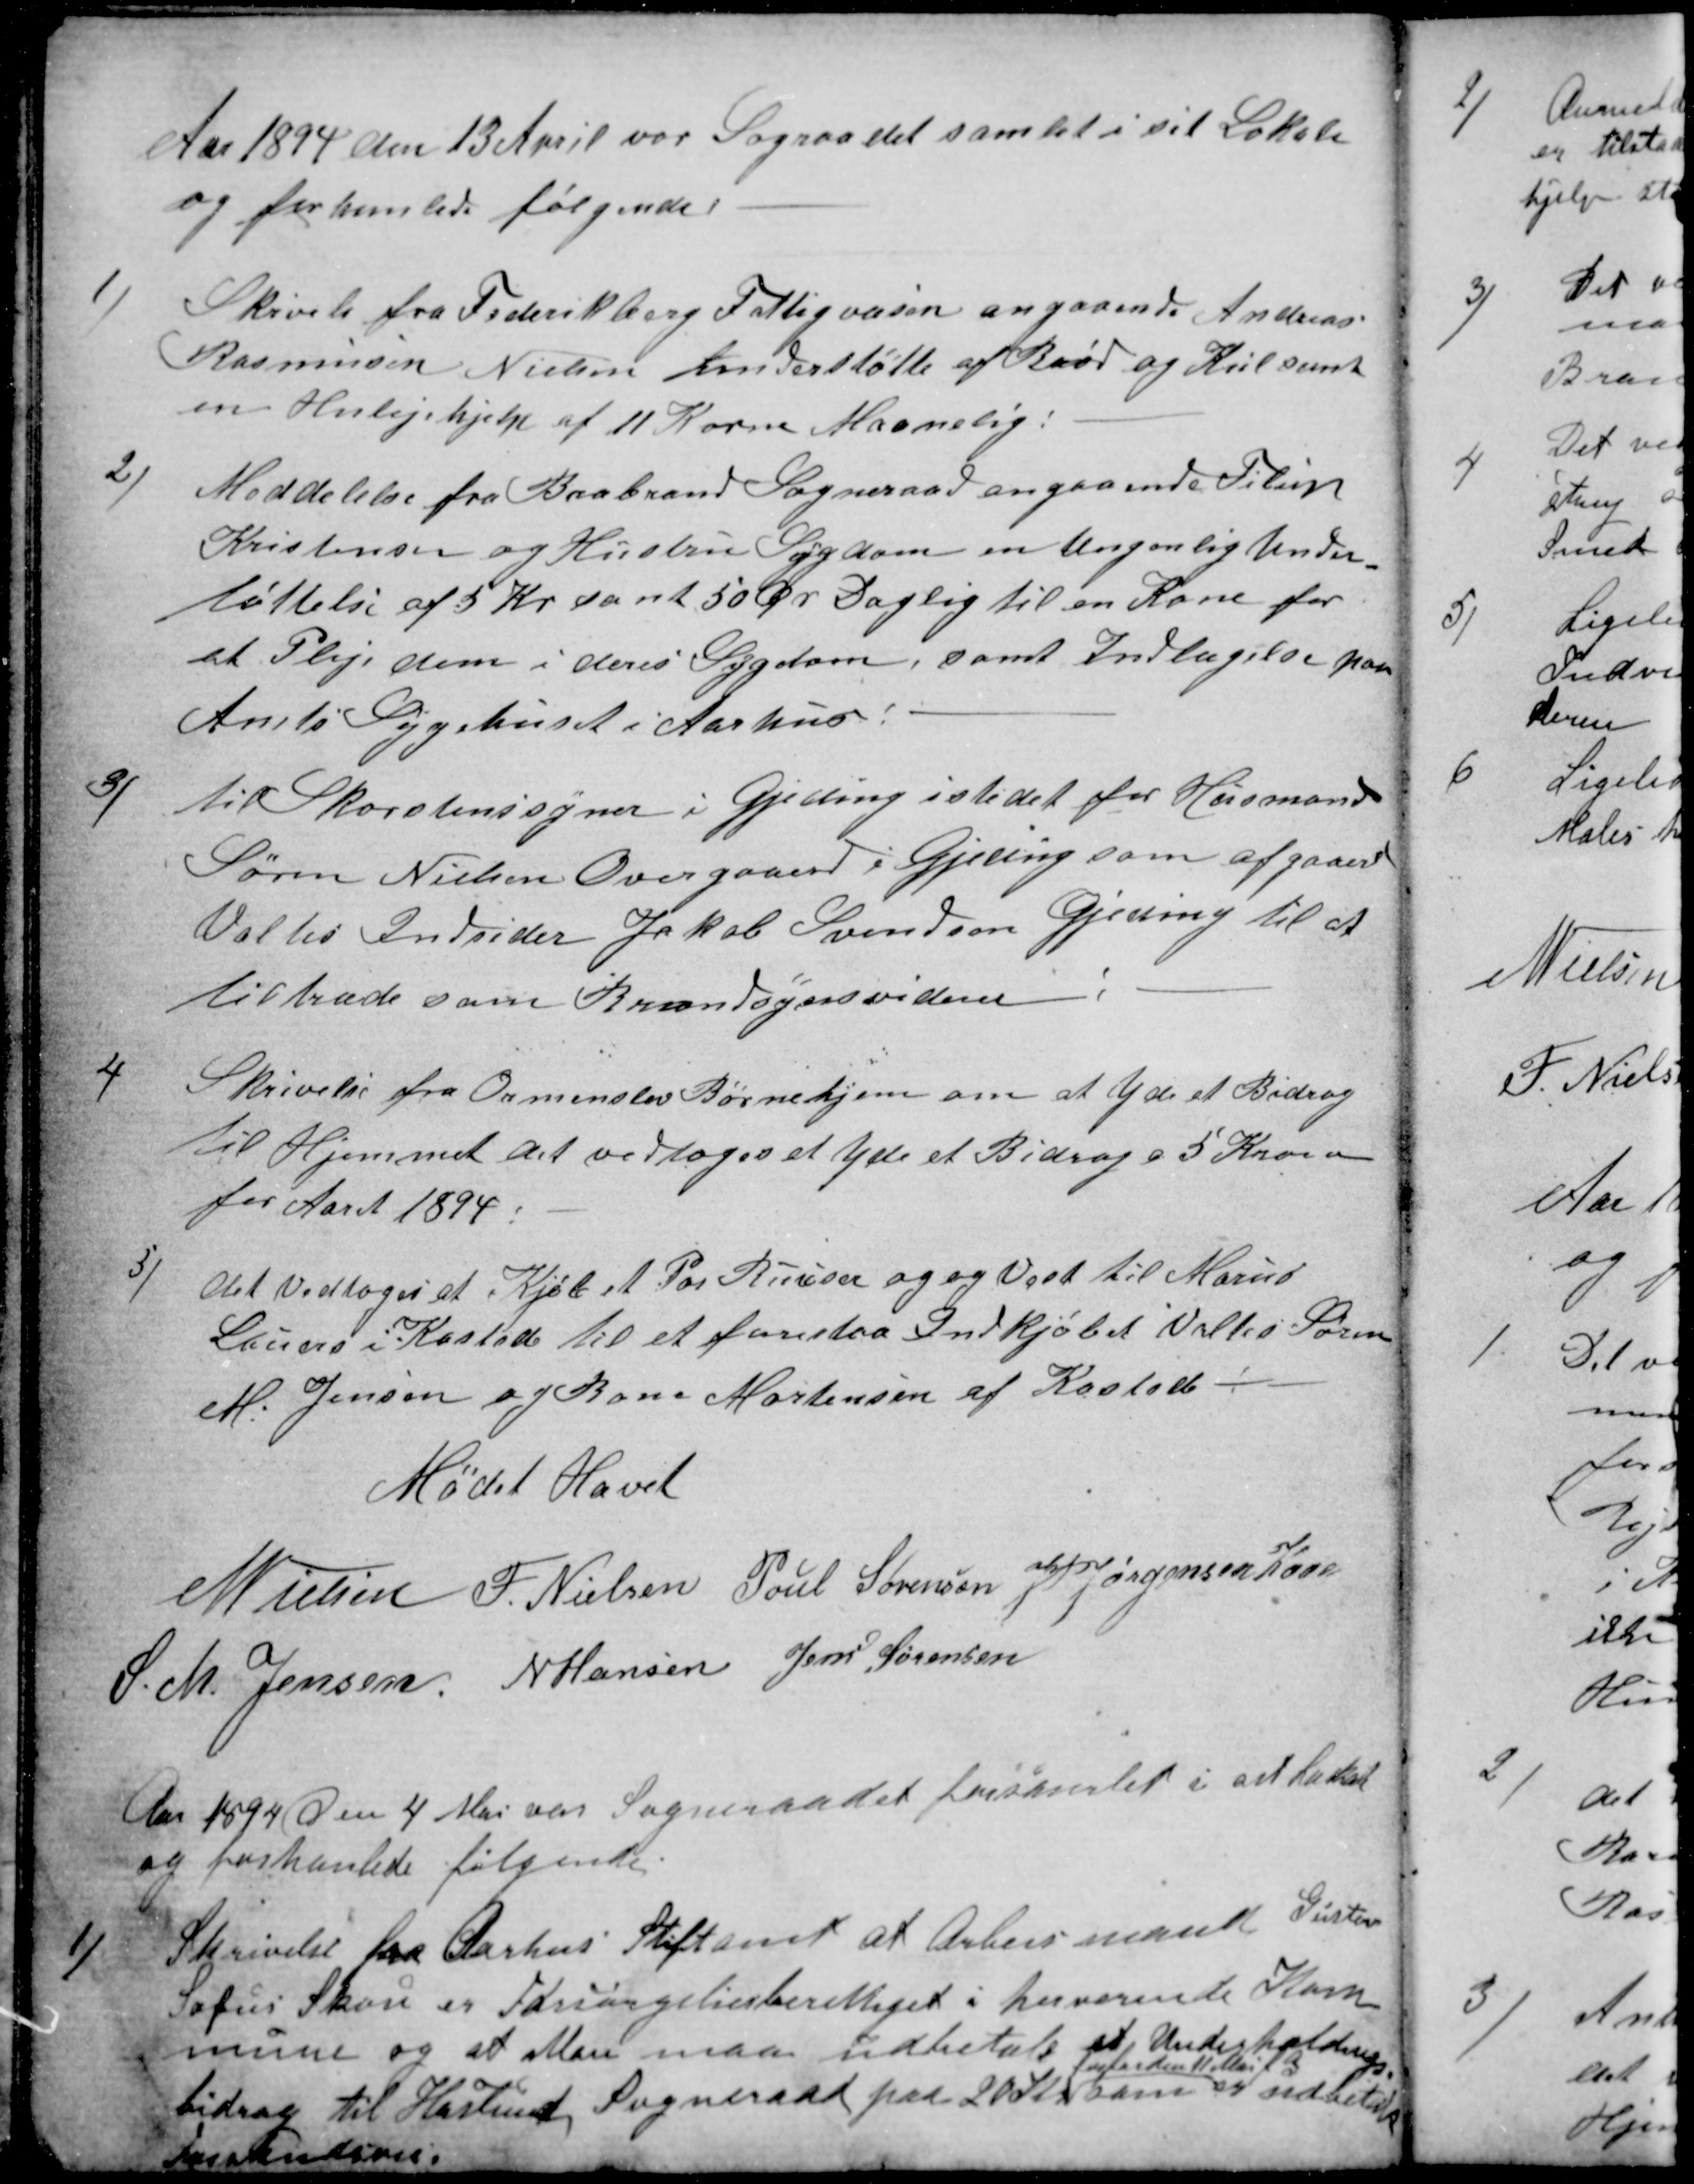
Transskription:
Aar 1894 den 13 April var Sograadet samlet i sit Lokale
og forhanlede følgende
1)
Skrivelse fra Frederikberg Fattigvæsen angaaende Andreas
Rasmussen Nielsen Understøtte af Brød og Kul samt
en Huslejehjælp af 11 Korne Maanelig:
2)
Meddelelse fra Brabrand Sogneraad angaaende Filip
Kristensen og Hustru Sygdom en Ungenlig Under-
støttelse af 5 Kr samt 50 Øre Daglig til en Kone for
at Pleje dem i deres Sygdom, samt Indlægelse paa
Amts Sygehuset i Aarhus:
3)
til Skorstenssyner i Gjeding i stedet for Husmand
Søren Nielsen Overgaard i Gjeding som afgaaerd
Valtes Indsider Jakob Svendsen Gjeding til at
tiltræde som Brandsynsvidne
4
Skrivelse fra Ormenslev Børnehjem om at yde et Bidrag
til Hjemmet det vedtoges et yde et Bidrag a 5 Kroner
for Aaret 1894.
5)
Det vedtoges at Kjøbe et Par Buxser og og Vest til Marius
Lauers i Kasted til et forestaa Indkjøbet Valtes Søren
M. Jensen og Bone Mortensen af Kasted.
Mødet Hævet
N Nielsen
F. Nielsen
Poul Sørensen
J PJørgensen Kaae
S. M. Jensen
N Hansen
Jens Sørensen
Aar 1894 den 4 Mai var Sogneraadet forsamlet i sit lokale
og forhanlede følgende:
1)
Skrivelse fra Aarhus Stiftamt at Arbeismand Gustav
Sofus Skou er Forsørgelsesberettiget i herværende Kom
mune og at Man maa udbetale et Underholdnings
bidrag til Haslund Sogneraad paa 20 Kr 
forfalden 11 Mai f.A
som er udbetalt
Forskuderes.